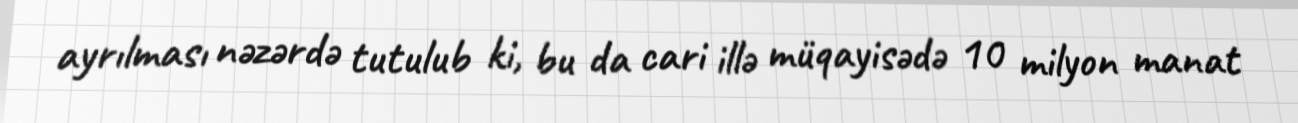
ayrılması nəzərdə tutulub ki, bu da cari illə müqayisədə 10 milyon manat